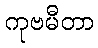
ကုဗမီတာ